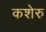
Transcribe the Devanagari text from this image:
कशेरु